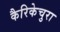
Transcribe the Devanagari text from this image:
कैरिकेचुरा